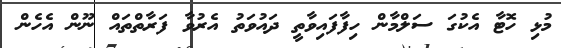
މުޅި ހޮޓާ އެކުގަ ސަލްމާން ހިފާފައިވާތީ ދައުވަތު އެރުވާ ފަރާތްތައް ނޫން އެހެން